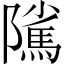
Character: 隲